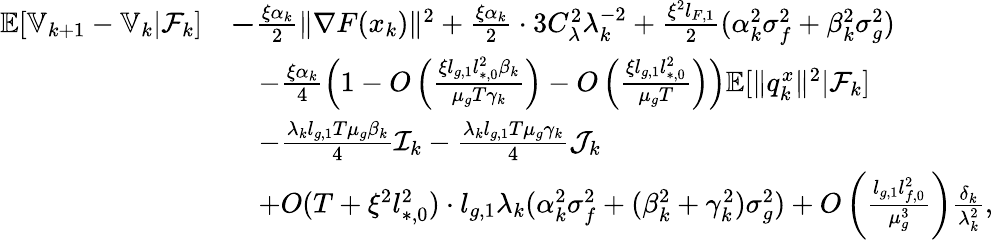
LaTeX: \begin{array}{rl}{\mathbb{E}[\mathbb{V}_{k+1}-\mathbb{V}_{k}|\mathcal{F}_{k}]}&{\le-\frac{\xi\alpha_{k}}{2}\| \nabla F(x_{k})\| ^{2}+\frac{\xi\alpha_{k}}{2}\cdot 3C_{\lambda}^{2}\lambda_{k}^{-2}+\frac{\xi^{2}l_{F,1}}{2}(\alpha_{k}^{2}\sigma_{f}^{2}+\beta_{k}^{2}\sigma_{g}^{2})}\\ &{\quad-\frac{\xi\alpha_{k}}{4}\left(1-O\left(\frac{\xi l_{g,1}l_{*,0}^{2}\beta_{k}}{\mu_{g}T\gamma_{k}}\right)-O\left(\frac{\xi l_{g,1}l_{*,0}^{2}}{\mu_{g}T}\right)\right)\mathbb{E}[\| q_{k}^{x}\| ^{2}|\mathcal{F}_{k}]}\\ &{\quad-\frac{\lambda_{k}l_{g,1}T\mu_{g}\beta_{k}}{4}\mathcal{I}_{k}-\frac{\lambda_{k}l_{g,1}T\mu_{g}\gamma_{k}}{4}\mathcal{J}_{k}}\\ &{\quad+O(T+\xi^{2}l_{*,0}^{2})\cdot l_{g,1}\lambda_{k}(\alpha_{k}^{2}\sigma_{f}^{2}+(\beta_{k}^{2}+\gamma_{k}^{2})\sigma_{g}^{2})+O\left(\frac{l_{g,1}l_{f,0}^{2}}{\mu_{g}^{3}}\right)\frac{\delta_{k}}{\lambda_{k}^{2}},}\end{array}